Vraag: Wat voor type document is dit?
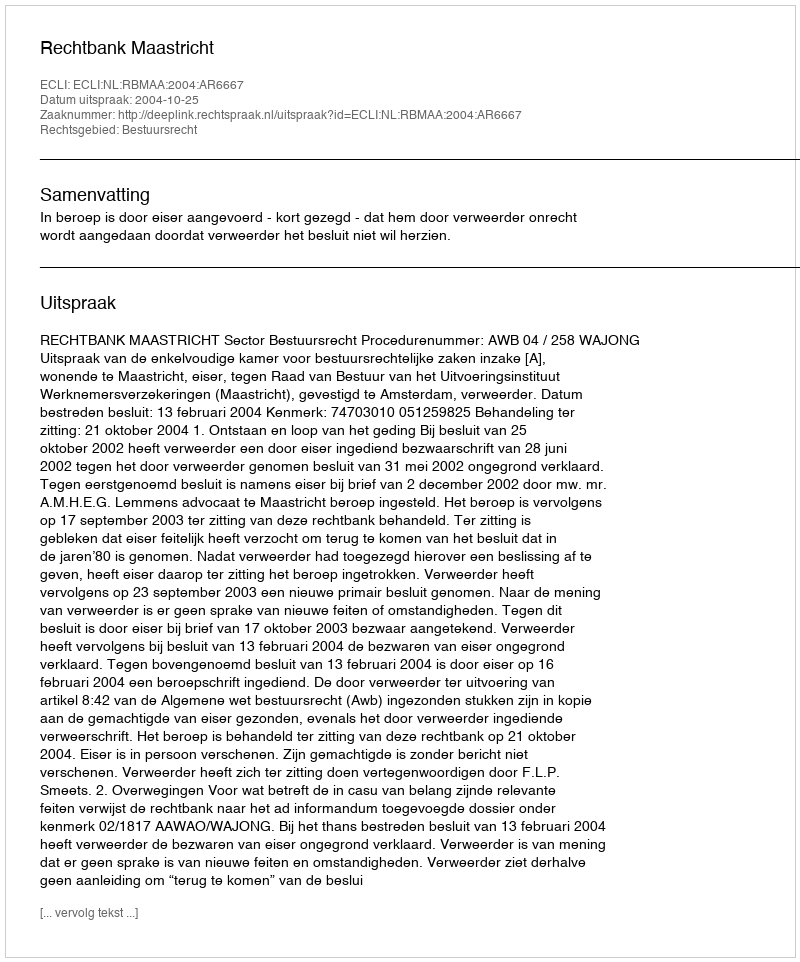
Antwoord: Uitspraak